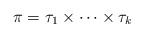
LaTeX: \begin{align*} \pi=\tau_1\times\dots\times\tau_k\end{align*}